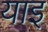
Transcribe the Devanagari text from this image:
याइ